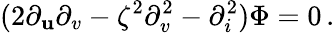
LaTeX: (2\partial_{\mathbf{u}}\partial_{v}-\zeta^{2}\partial_{v}^{2}-\partial_{i}^{2})\Phi=0\, .